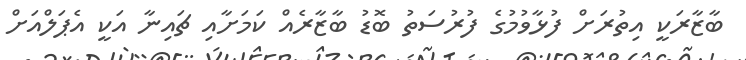
ބާޒާރަކީ އިތުރަށް ފުޅާވުމުގެ ފުރުސަތު ބޮޑު ބާޒާރެއް ކަމަށާއި ޗައިނާ އަކީ އެޕަލްއަށް